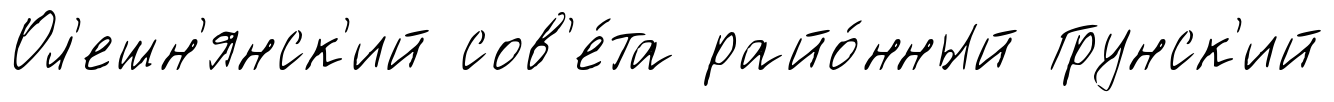
Ол'ешн'янск'ий сов'е́та райо́нный Грунск'ий